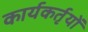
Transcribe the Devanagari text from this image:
कार्यकर्तृयों